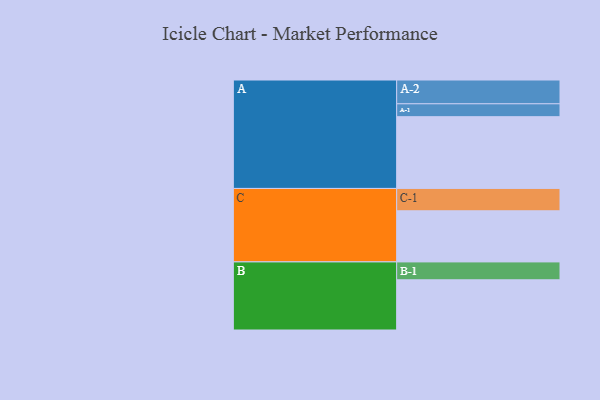
{"axis": {"x": "Segment", "y": "Value"}, "legend": ["", "A", "B", "C"], "data": [{"x": "A", "y": 546, "type": ""}, {"x": "B", "y": 382, "type": ""}, {"x": "C", "y": 389, "type": ""}, {"x": "A-1", "y": 98, "type": "A"}, {"x": "A-2", "y": 181, "type": "A"}, {"x": "B-1", "y": 136, "type": "B"}, {"x": "C-1", "y": 170, "type": "C"}]}